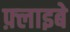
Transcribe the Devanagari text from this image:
फ़्लाइबे